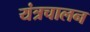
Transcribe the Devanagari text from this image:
यंत्रचालन